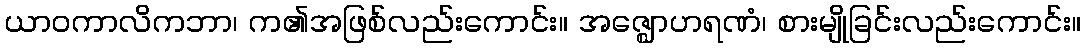
ယာဝကာလိကဘာ၊ က၏အဖြစ်လည်းကောင်း။ အဇ္ဈောဟရဏံ၊ စားမျိုခြင်းလည်းကောင်း။